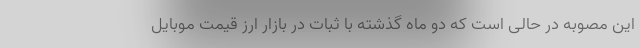
این مصوبه در حالی است که دو ماه گذشته با ثبات در بازار ارز قیمت موبایل